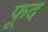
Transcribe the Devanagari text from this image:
फूद